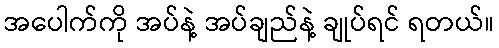
အပေါက်ကို အပ်နဲ့ အပ်ချည်နဲ့ ချုပ်ရင် ရတယ်။